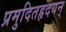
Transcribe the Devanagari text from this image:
प्रमुदितहृदयन्